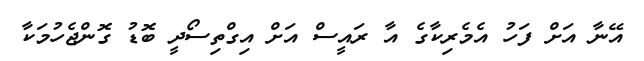
އޭނާ އަށް ފަހު އެމެރިކާގެ އާ ރައީސް އަށް އިގްތިސޯދީ ބޮޑު ގޮންޖެހުމަކާ